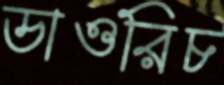
ডাওরিচ